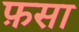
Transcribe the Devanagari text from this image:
फ़सा